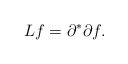
\begin{align*}Lf=\partial^\ast\partial f.\end{align*}